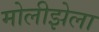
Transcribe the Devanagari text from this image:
मोलीझेला